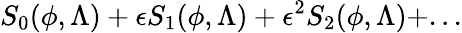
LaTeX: S_{0}(\phi,\Lambda)+\epsilon S_{1}(\phi,\Lambda)+\epsilon^{2}S_{2}(\phi,\Lambda)+...